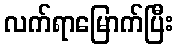
လက်ရာမြောက်ပြီး